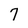
Character: 7